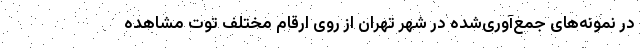
در نمونه‌های جمع‌آوری‌شده در شهر تهران از روی ارقام مختلف توت مشاهده